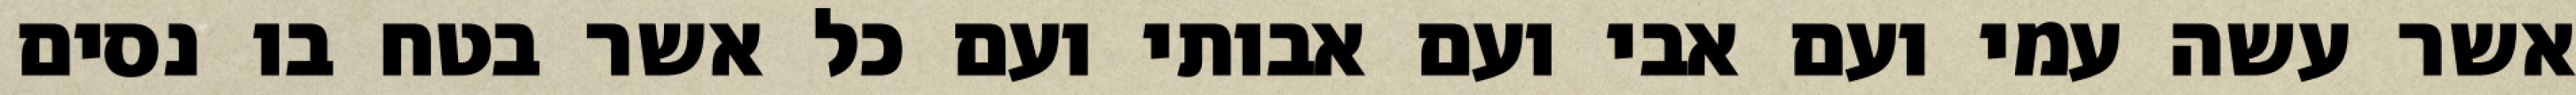
אשר עשה עמי ועם אבי ועם אבותי ועם כל אשר בטח בו נסים